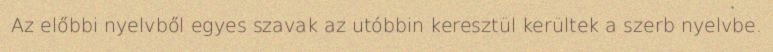
Az előbbi nyelvből egyes szavak az utóbbin keresztül kerültek a szerb nyelvbe.